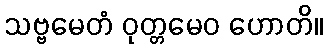
သဗ္ဗမေတံ ဝုတ္တမေဝ ဟောတိ။